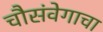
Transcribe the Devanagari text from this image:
चौसंवेगाचा